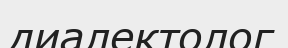
диалектолог